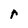
Character: r